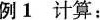
例 1 计算：